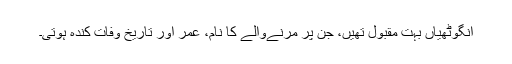
انگوٹھیاں بہت مقبول تھیں، جن پر مرنےوالے کا نام، عمر اور تاریخ وفات کندہ ہوتی۔